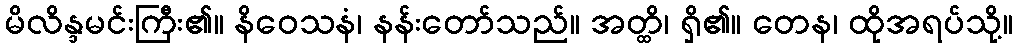
မိလိန္ဒမင်းကြီး၏။ နိဝေသနံ၊ နန်းတော်သည်။ အတ္ထိ၊ ရှိ၏။ တေန၊ ထိုအရပ်သို့။